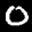
Label: 0